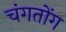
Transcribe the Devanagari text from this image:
चंगतोंग